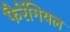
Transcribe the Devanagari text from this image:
फैरेंगियल